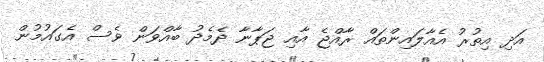
އަދި އިތުރު އެއާލައިންތައް ރާއްޖެ އާއި ޖަޕާނާ ދެމެދު ބާއްވަން ވެސް އެގައުމުން